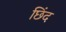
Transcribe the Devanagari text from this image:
छिंद